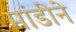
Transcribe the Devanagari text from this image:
मांडीने